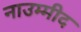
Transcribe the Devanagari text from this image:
नाउम्मीद